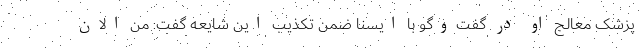
پزشک معالج او در گفت‌وگو با ایسنا ضمن تکذیب این شایعه گفت: من الان